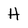
Character: H